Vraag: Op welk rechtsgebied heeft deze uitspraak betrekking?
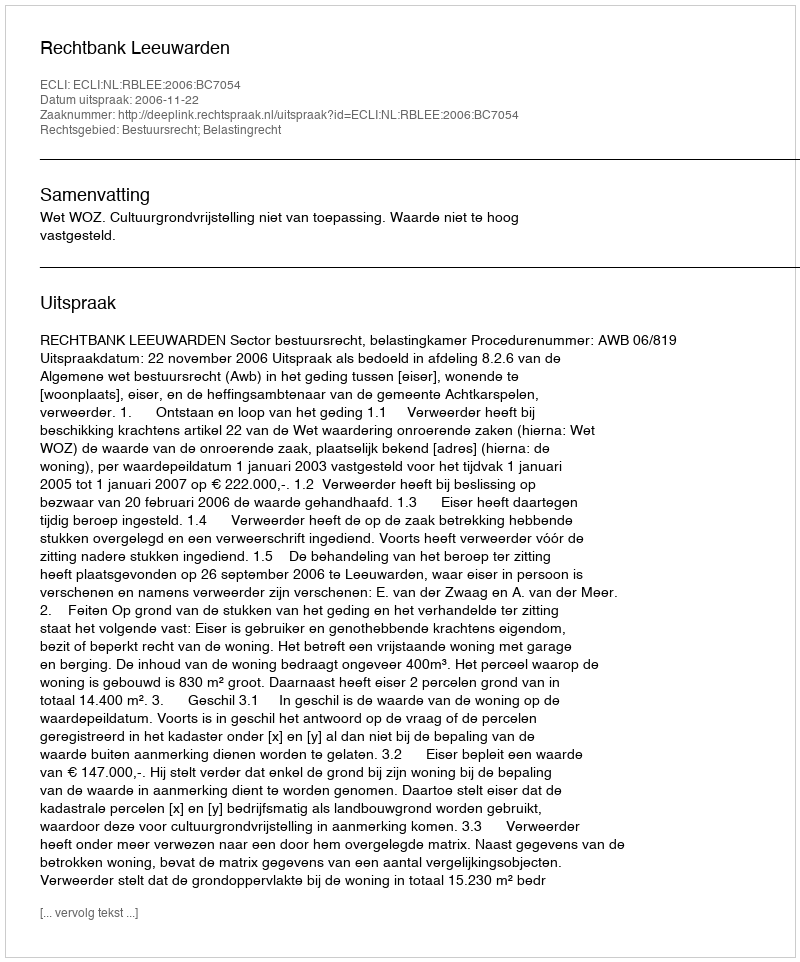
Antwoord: Bestuursrecht; Belastingrecht